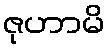
ဇုဟာမိ